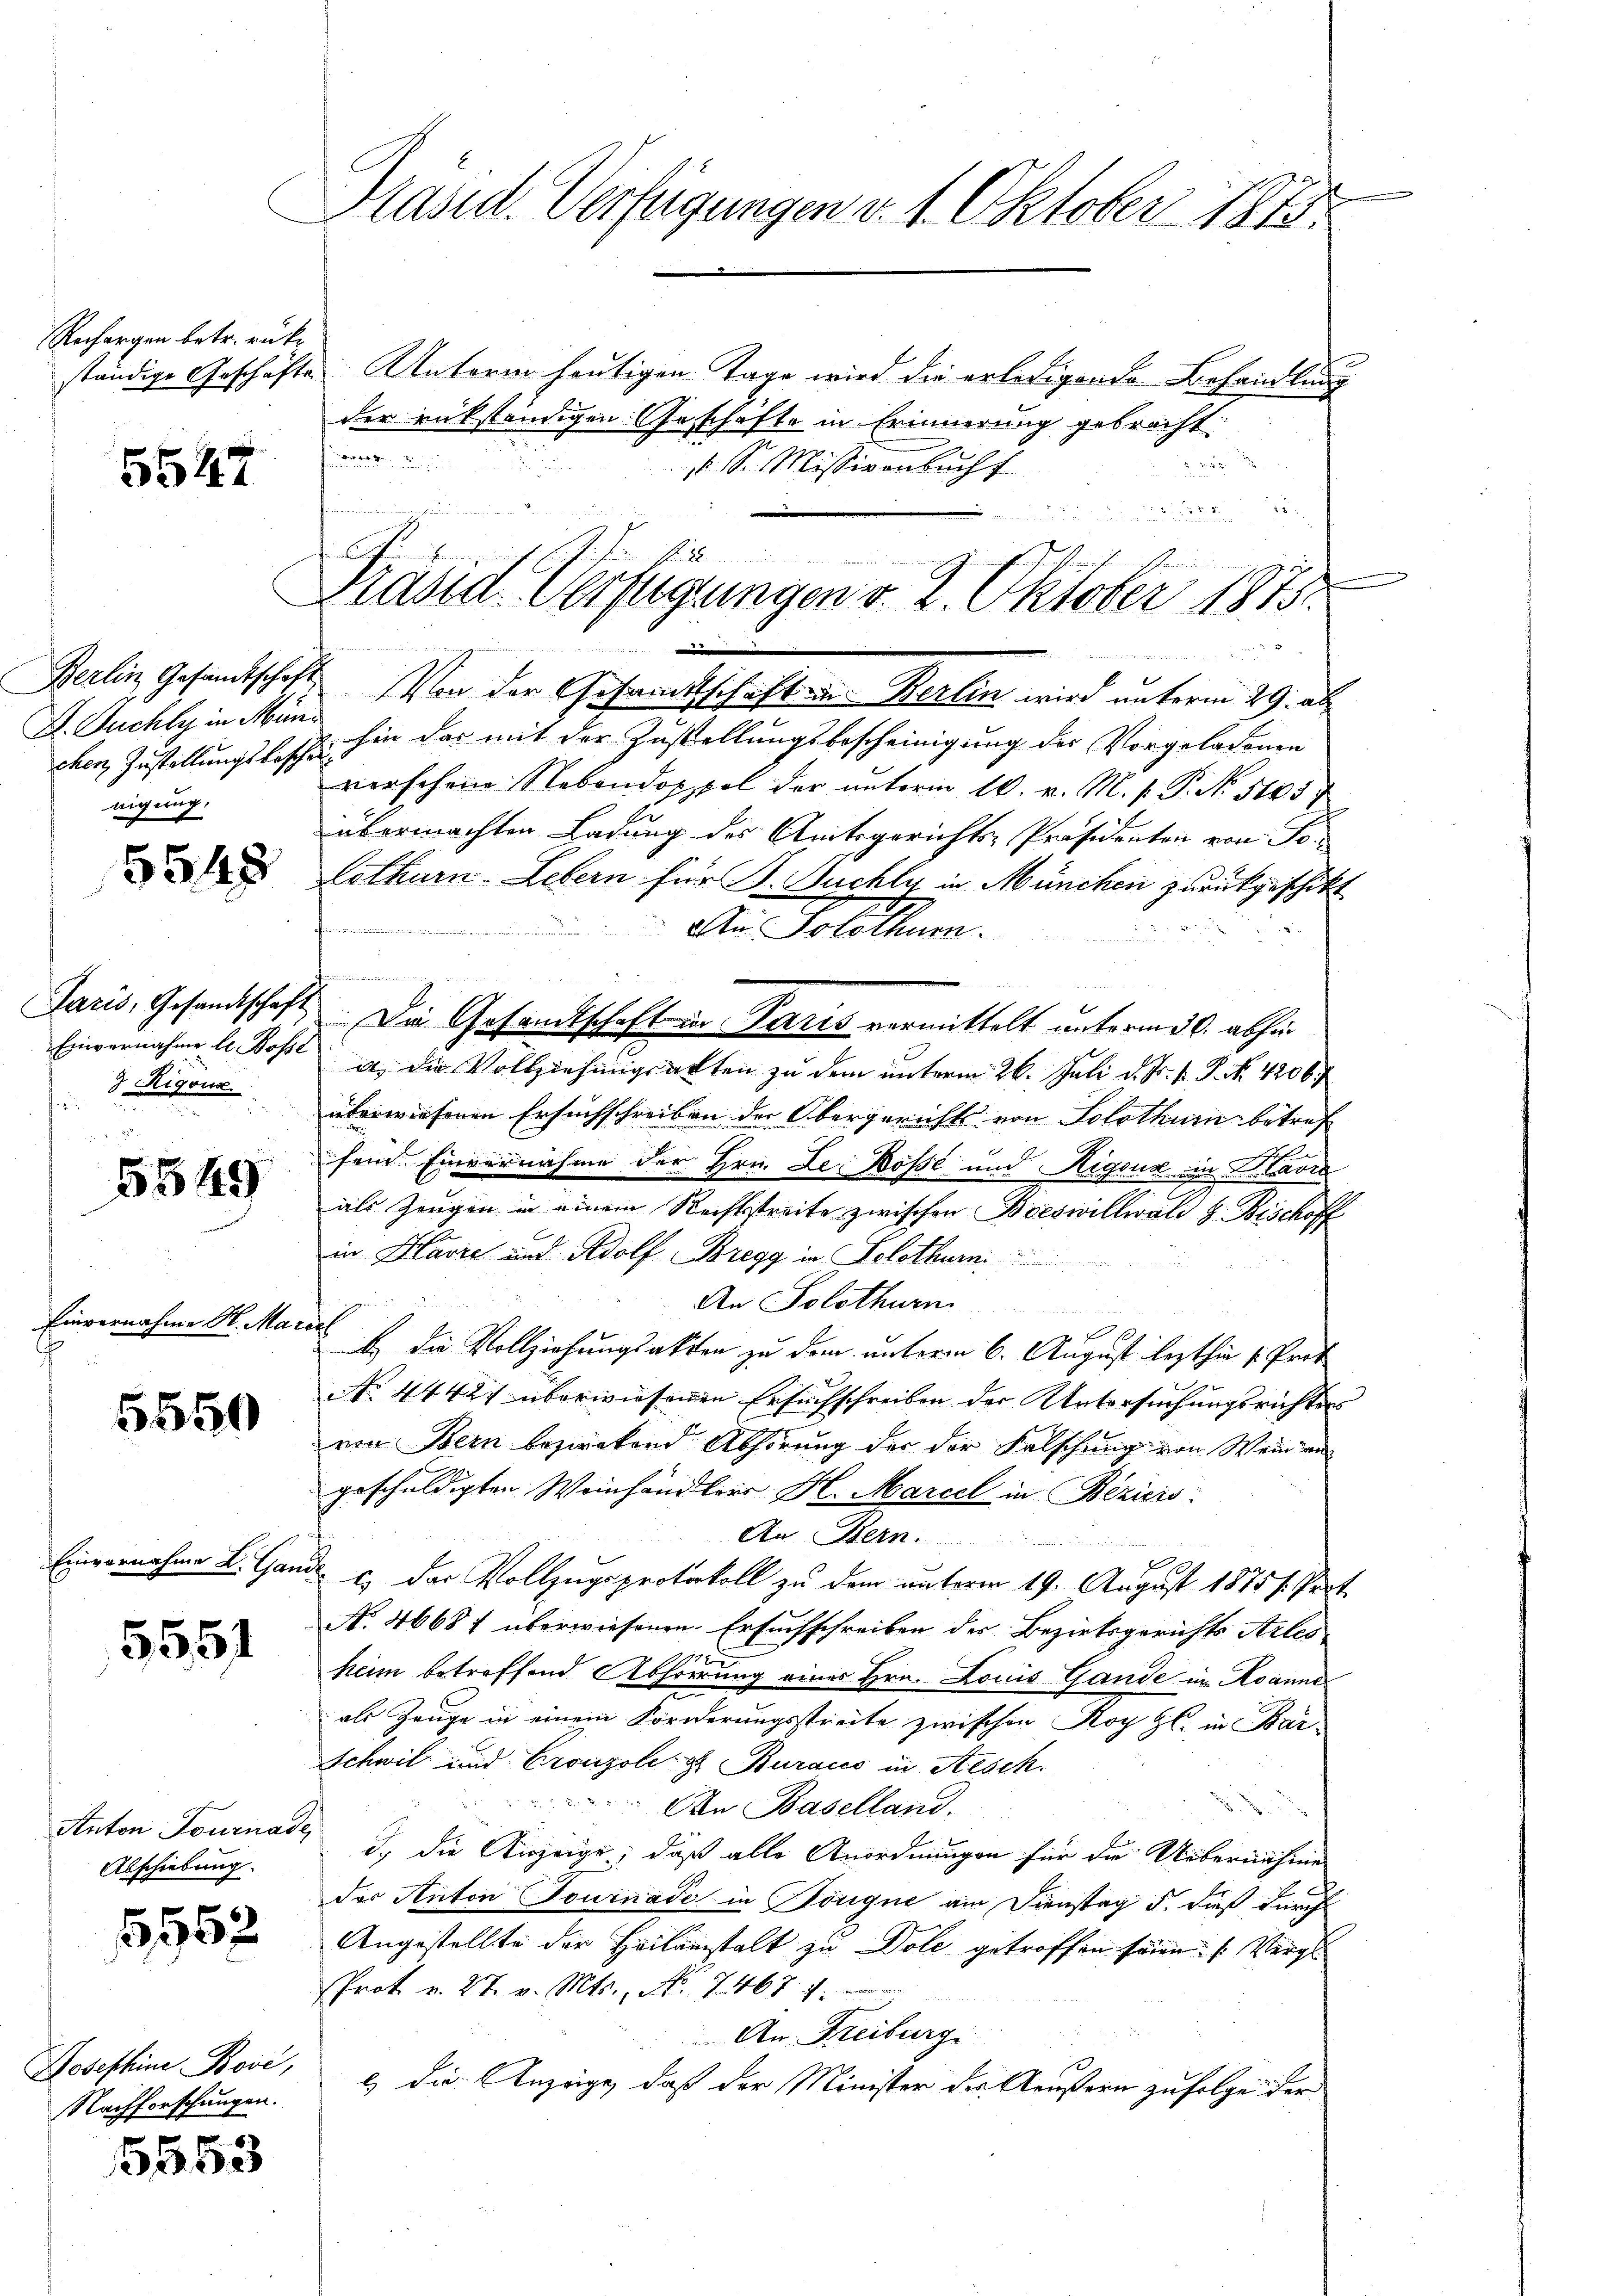
Rechargen betr. rükständige Geschäfte

5547

Berlin Gesandtschaft
D. Duchly in München Zustellungsbesche
nigung.

5548

Paris, Gesandtschaft
Einvernahme l. Bosse
3 Rigoux.
ti

5549

Einvernahme H. Mar
.

5550

Einvernahme L. Gan

5551

Anton Tournade,
Abschiebung.

5,562

Josephine Boić,
Nachforschungen.

5653

Präsid. Verfügungen v. 1. Oktober 1815.

d unser
n
Fr. 2
u
Prand-Verfügungen v. 2. Oktober 1875.
un
e

.

Unterm heutigen Tage wird die erledigende Behandlung
der rükständigen Geschäfte in Erinnerung gebracht:

 22
 Sr. Missivenbuch
Von der Gesandtschaft in Berlin wird unterm 29. ab
hin das mit der Zustellungsbescheinigung des Vorgeladenen
verschen Nebendoppel der unterm 10. v. M. P. P. N. 5105
übermachten Ladung des Amtsgerichts-Präsidenten von Tolothurn. Lebern für J. Fuchli in München zurückgeschickt
An Solothurn.
e
e
Da Gesandtschaft in Paris vermittelt unterm 30. abhin
it, die Vollziehungsakten zu dem unterm 26. Juli d. Js. v. P. N. 4206.
berwiesenen Ersuchschreiben der Obergerichts von Solothurn betref
fein Einvernahme der Hrn. Le Böse und Higoux in Havre
als Zeugen in einem Rechtsstreite zwischen Boeswillwald z. Bischoff
in Havre und Adolf Bregg in Solothurn.
An Solothurn.
b. Die Vollziehungsakten zu dem unterm 6. August lezthin s. Prot
No 44421 überwiesenen Ersuchschreiben der Untersuchungsrichters
von Bern bezirkend Abhörung der der Falschung von Weiden
geschuldigten Weinhändler H. Marcel in Bezicis.
An Bern
c) das Vollzugsprotokoll zu dem unterm 19. August 1875 s. Part
No. 46687 überwiesenen Ersuchschreiben der Bezirksgerichts Arles
1772
heim betreffend Abhörung eines Hrn. Louis Gande im Roanne
als Zeuge in einem Forderungsstreite zwischen Koy H. in Bar
Schwil und Cronzole u. Kuracco in Resch.
An Baselland.
d., die Einzeige, daß alle Anordnungen für die Uebernahme
der Anton Tournade in Pönque am Dienstag d. dieß durch
Angestellte der Heilanstalt zu Dole getroffen seien. (Vergl
Prot. v. 27. v. Mts., No. 767 f.
An Freiburg
l) die Anzeige, daß der Minister der Aeußern zufolge der